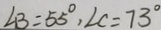
\angle B = 5 5 ^ { \circ } , \angle C = 7 3 ^ { \circ }